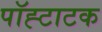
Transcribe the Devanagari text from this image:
पॉह्टाटक